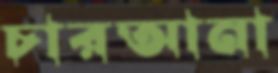
চারআনা